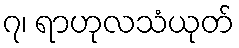
၇၊ ရာဟုလသံယုတ်